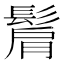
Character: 𩭠